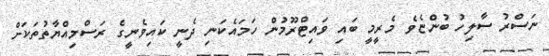
ނަސްރު ސާލިހު ބުންޏެވެ މެރީމީ ބައި ވައިޓްރޫމުން ހަމައެކަނި ދެނީ ކައިވެނީގެ ރަސްމިއްޔާތުތަކަށް